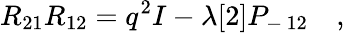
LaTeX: R_{21}R_{12}=q^{2}I-\lambda[2]P_{-\, 12}\quad,